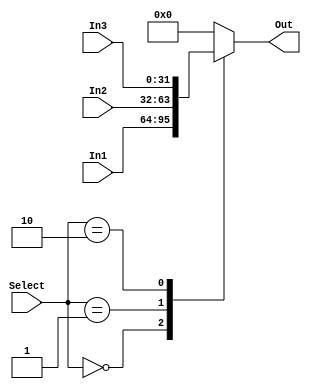
module Mux323 (In1, In2, In3, Select, Out);
	input[31:0] In1, In2, In3;
	input[1:0] Select;
	output reg[31:0] Out;
	
	always@(*) begin
	
		case(Select)
			2'b00: Out = In1;
			2'b01: Out = In2;
			2'b10: Out = In3;
			default: Out = 32'b0;
		endcase
	
	end
	
	
endmodule